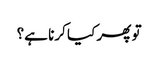
تو پھر کیا کرنا ہے؟